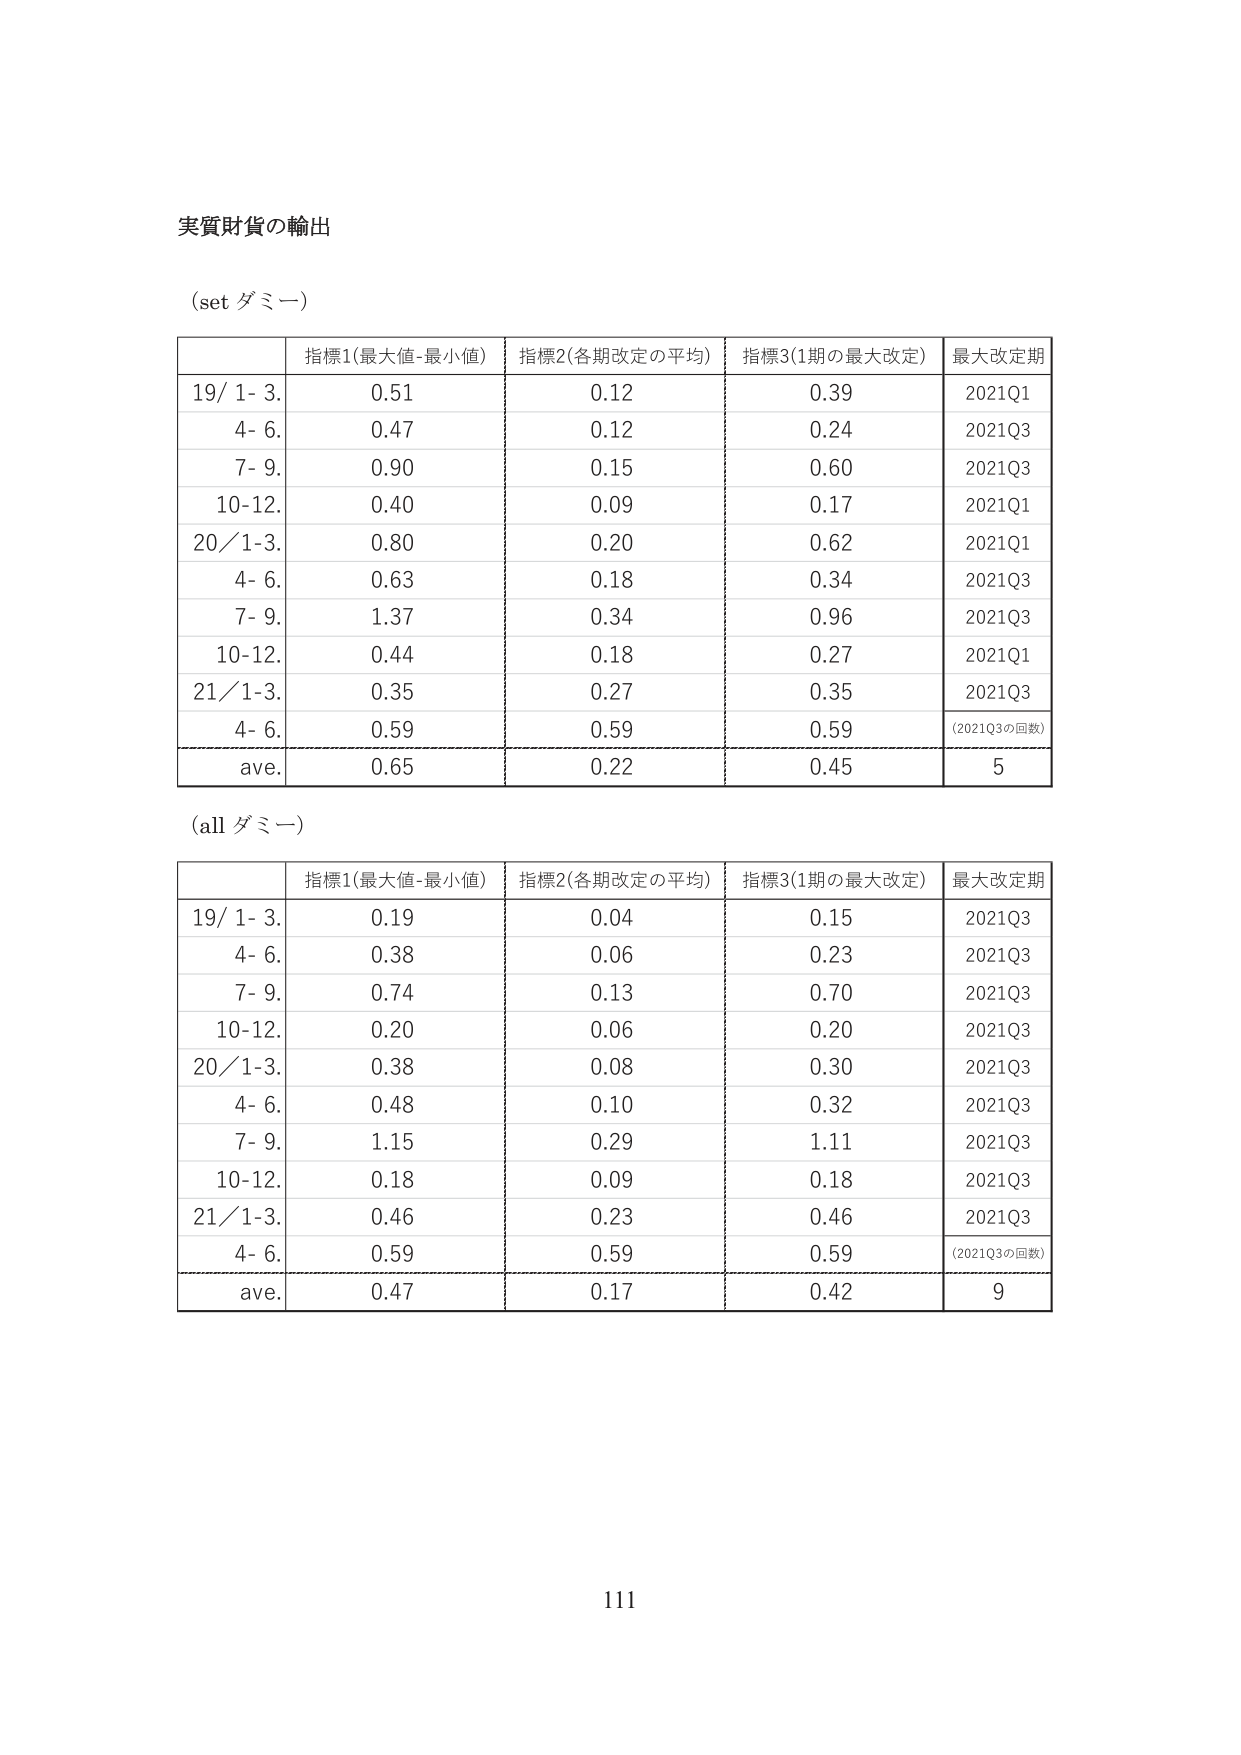
実質財貨の輸出

(set ダミー)

| | 指標1(最大値-最小値) | 指標2(各期改定の平均) | 指標3(1期の最大改定) | 最大改定期 |
|---|---|---|---|---|
| 19/ 1- 3. | 0.51 | 0.12 | 0.39 | 2021Q1 |
| 4- 6. | 0.47 | 0.12 | 0.24 | 2021Q3 |
| 7- 9. | 0.90 | 0.15 | 0.60 | 2021Q3 |
| 10-12. | 0.40 | 0.09 | 0.17 | 2021Q1 |
| 20/ 1-3. | 0.80 | 0.20 | 0.62 | 2021Q1 |
| 4- 6. | 0.63 | 0.18 | 0.34 | 2021Q3 |
| 7- 9. | 1.37 | 0.34 | 0.96 | 2021Q3 |
| 10-12. | 0.44 | 0.18 | 0.27 | 2021Q1 |
| 21/ 1-3. | 0.35 | 0.27 | 0.35 | 2021Q3 |
| 4- 6. | 0.59 | 0.59 | 0.59 | (2021Q3の回数) |
| ave. | 0.65 | 0.22 | 0.45 | 5 |

(all ダミー)

| | 指標1(最大値-最小値) | 指標2(各期改定の平均) | 指標3(1期の最大改定) | 最大改定期 |
|---|---|---|---|---|
| 19/ 1- 3. | 0.19 | 0.04 | 0.15 | 2021Q3 |
| 4- 6. | 0.38 | 0.06 | 0.23 | 2021Q3 |
| 7- 9. | 0.74 | 0.13 | 0.70 | 2021Q3 |
| 10-12. | 0.20 | 0.06 | 0.20 | 2021Q3 |
| 20/ 1-3. | 0.38 | 0.08 | 0.30 | 2021Q3 |
| 4- 6. | 0.48 | 0.10 | 0.32 | 2021Q3 |
| 7- 9. | 1.15 | 0.29 | 1.11 | 2021Q3 |
| 10-12. | 0.18 | 0.09 | 0.18 | 2021Q3 |
| 21/ 1-3. | 0.46 | 0.23 | 0.46 | 2021Q3 |
| 4- 6. | 0.59 | 0.59 | 0.59 | (2021Q3の回数) |
| ave. | 0.47 | 0.17 | 0.42 | 9 |

111